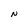
Character: N